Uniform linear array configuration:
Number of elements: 48
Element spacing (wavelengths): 1
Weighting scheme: blackman
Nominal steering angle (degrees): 30
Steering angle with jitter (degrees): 29.939
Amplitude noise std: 0.05
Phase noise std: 0.05

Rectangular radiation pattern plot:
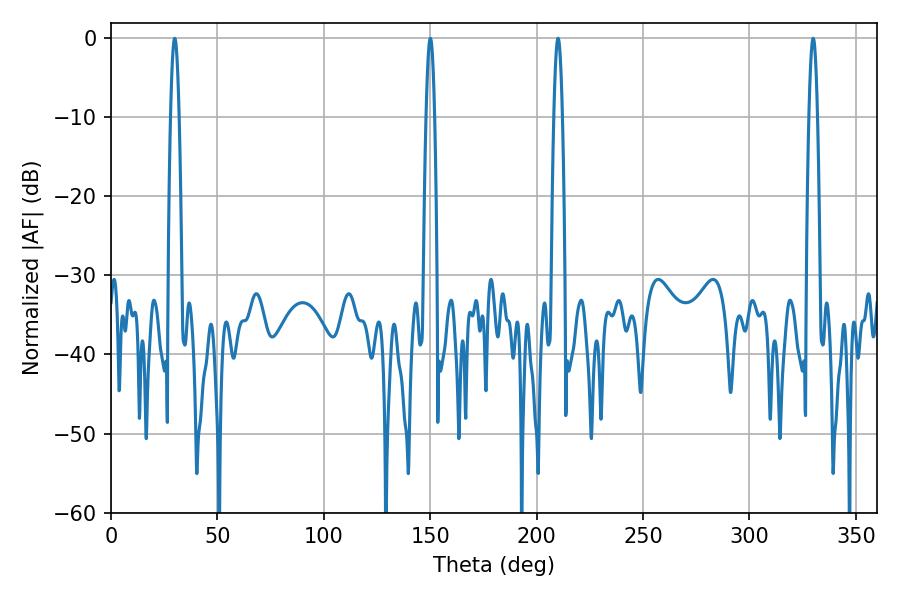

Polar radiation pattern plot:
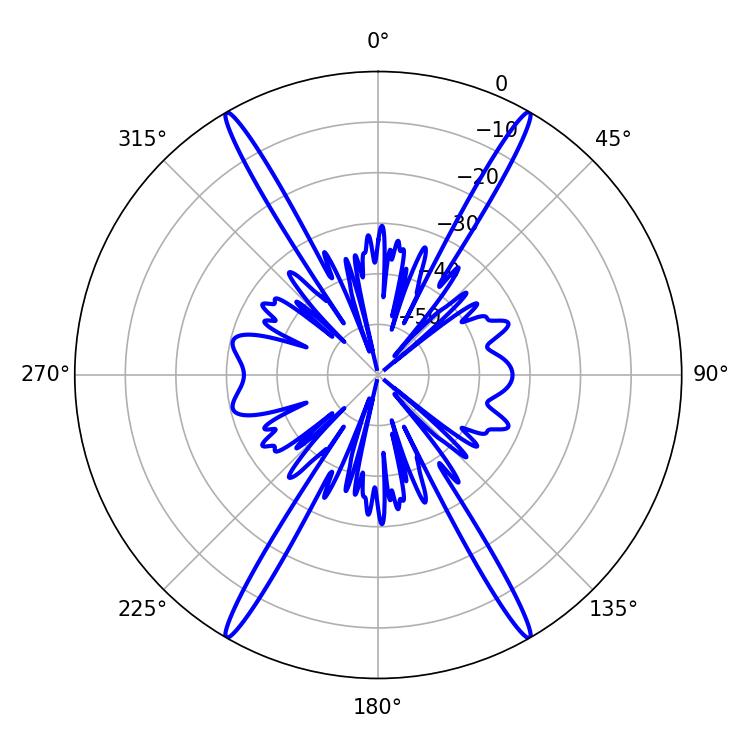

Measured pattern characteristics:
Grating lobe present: TRUE
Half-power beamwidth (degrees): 2.16
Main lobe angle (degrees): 329.94